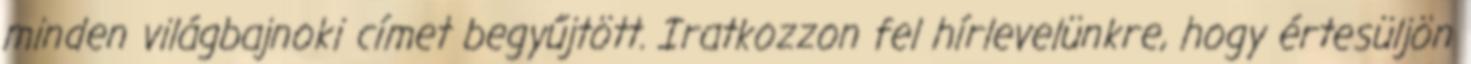
minden világbajnoki címet begyűjtött. Iratkozzon fel hírlevelünkre, hogy értesüljön